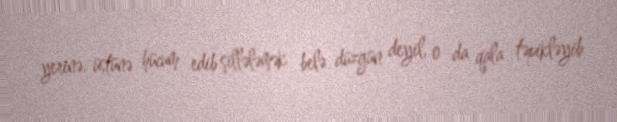
yerinə, üstünə hücum edib şillələmək belə düzgün deyil, o da qala təpikləyib